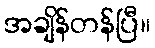
အချိန်တန်ပြီ။